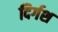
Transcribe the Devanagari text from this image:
दिर्गश